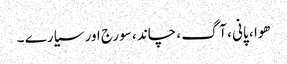
ھوا ، پانی ، آگ ، چاند ، سورج اور سیارے ۔